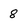
Character: 8